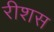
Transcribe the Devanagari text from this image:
रीशस